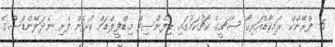
5- ފްރޭންކް ރައިކާޑްއަރިގޯ ސާޗީގެ ކޯޗުކަމުގައި ޑިފެންސިވް މިޑްފީލްޑަށް ކުޅެން ފެށި ނެދަލޭންޑްސްގެ